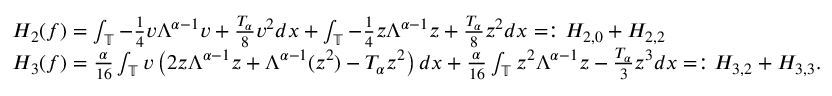
\begin{array} { r l } & { H _ { 2 } ( f ) = \int _ { \mathbb { T } } - \frac { 1 } { 4 } v \Lambda ^ { \alpha - 1 } v + \frac { T _ { \alpha } } { 8 } v ^ { 2 } d x + \int _ { \mathbb { T } } - \frac { 1 } { 4 } z \Lambda ^ { \alpha - 1 } z + \frac { T _ { \alpha } } { 8 } z ^ { 2 } d x = : H _ { 2 , 0 } + H _ { 2 , 2 } } \\ & { H _ { 3 } ( f ) = \frac { \alpha } { 1 6 } \int _ { \mathbb { T } } v \left( 2 z \Lambda ^ { \alpha - 1 } z + \Lambda ^ { \alpha - 1 } ( z ^ { 2 } ) - T _ { \alpha } z ^ { 2 } \right) d x + \frac { \alpha } { 1 6 } \int _ { \mathbb { T } } z ^ { 2 } \Lambda ^ { \alpha - 1 } z - \frac { T _ { \alpha } } { 3 } z ^ { 3 } d x = : H _ { 3 , 2 } + H _ { 3 , 3 } . } \end{array}